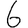
Digit: 6